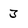
Character: 3